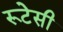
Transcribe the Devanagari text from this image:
रूटेसी